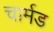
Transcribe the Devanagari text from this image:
चार्मड